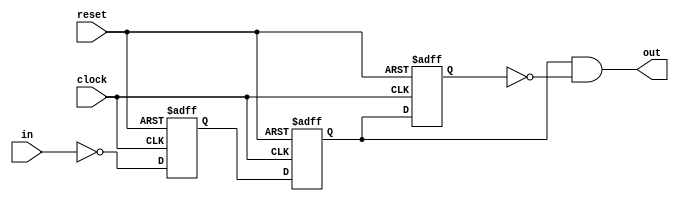

// @file syncro.v
// @brief 
// @author Yusuke Matsunaga ( )
//
// Copyright (C) 2019 Yusuke Matsunaga
// All rights reserved.
//
// []
// * 3D-FF
// * 2FF
//
// []
// clock: 
// reset: 
// in:    
// out:   
module syncro(input  clock,
	      input  reset,
	      input  in,
	      output out);
   reg 		     q0, q1, q2;

   always @ ( posedge clock or negedge reset ) begin
      if ( !reset ) begin
	 q0 <= 1'b0;
	 q1 <= 1'b0;
	 q2 <= 1'b0;
      end
      else begin
	 q0 <= ~in; // 
	 q1 <= q0;
	 q2 <= q1;
      end
   end

   assign out = q1 & (~q2);

endmodule // syncro